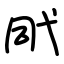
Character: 㢥